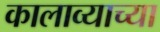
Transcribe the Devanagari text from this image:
कालाव्याच्या